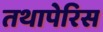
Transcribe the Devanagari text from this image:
तथापेरिस